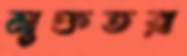
মুক্ততর